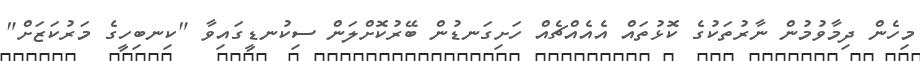
މިހެން ދިމާވުމުން ނާރުތަކުގެ ކޮޅުތައް އެއެއްޗެއް ހަށިގަނޑުން ބޭރުކޮށްލަން ސިކުނޑީގައިވާ "ކިނބިހީގެ މަރުކަޒަށް"